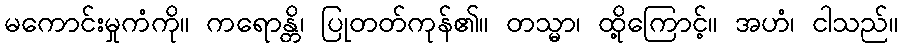
မကောင်းမှုကံကို။ ကရောန္တိ၊ ပြုတတ်ကုန်၏။ တသ္မာ၊ ထို့ကြောင့်။ အဟံ၊ ငါသည်။